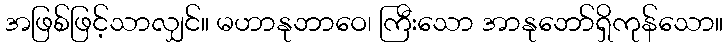
အဖြစ်ဖြင့်သာလျှင်။ မဟာနုဘာဝေ၊ ကြီးသော အာနုဘော်ရှိကုန်သော။